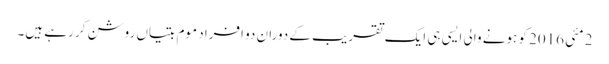
2 مئی 2016 کو ہونے والی ایسی ہی ایک تقریب کے دوران دو افراد موم بتیاں روشن کر رہے ہیں۔